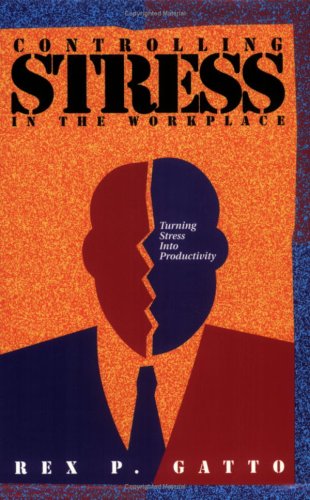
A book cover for Controlling Stress in the Workplace: How You Handle What Happens; Rex P. Gatto Ph.D.; Business & Money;